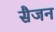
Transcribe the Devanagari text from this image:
सैजन